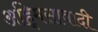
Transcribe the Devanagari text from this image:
अहि्मसावादी